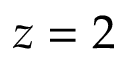
z = 2